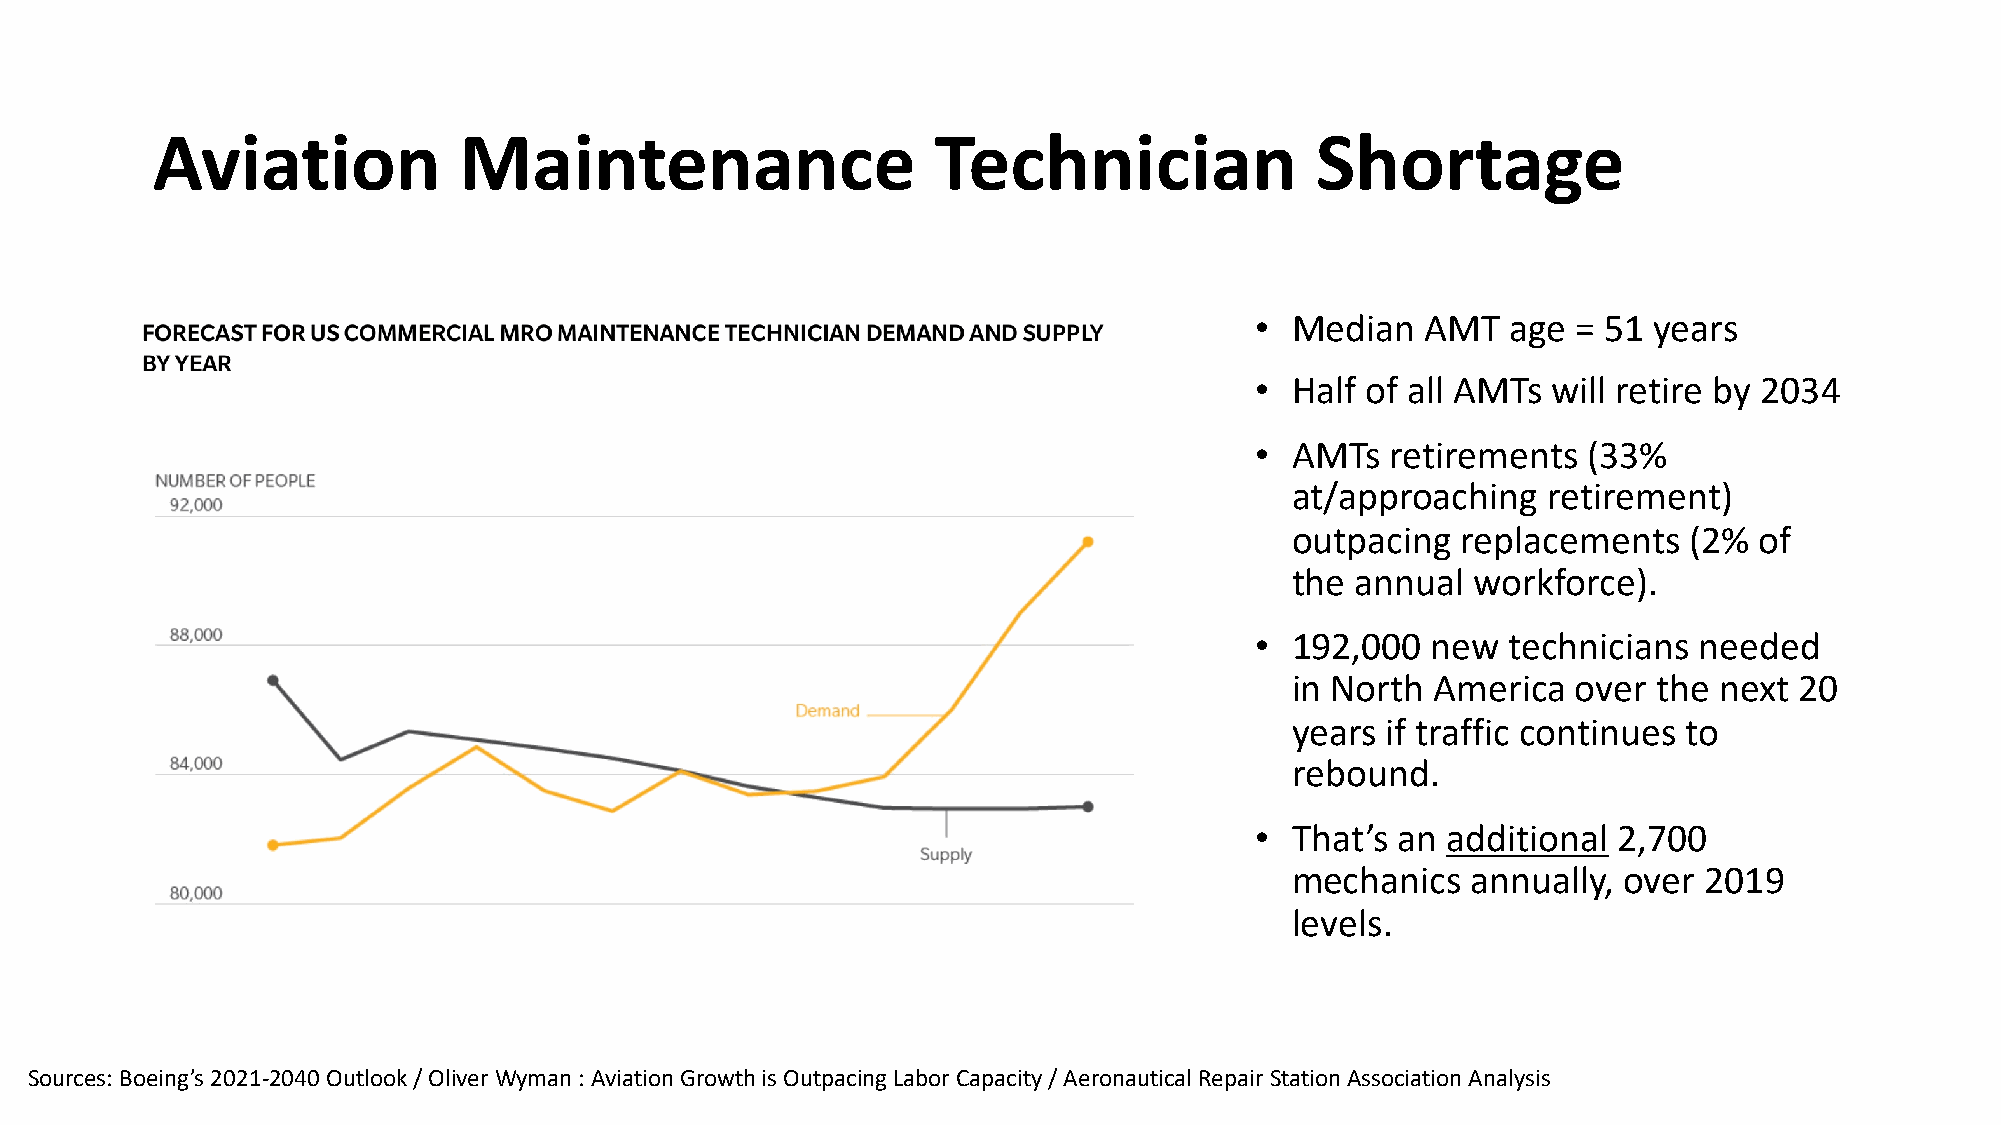
Aviation            Maintenance                     Technician               Shortage
 •  Median  AMT   age = 51 years
 •  Half of all AMTs will retire by 2034
 •  AMTs  retirements  (33%
 at/approaching  retirement)
 outpacing  replacements   (2% of
 the annual  workforce).
 •  192,000  new  technicians needed
 in North America  over  the next 20
 years if traffic continues to
 rebound.
 •  That’s an additional 2,700
 mechanics  annually, over  2019
 levels.
 Sources: Boeing’s 2021-2040 Outlook / Oliver Wyman : Aviation Growth is Outpacing Labor Capacity / Aeronautical Repair Station Association Analysis